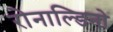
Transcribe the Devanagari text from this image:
रोनाल्डिनो